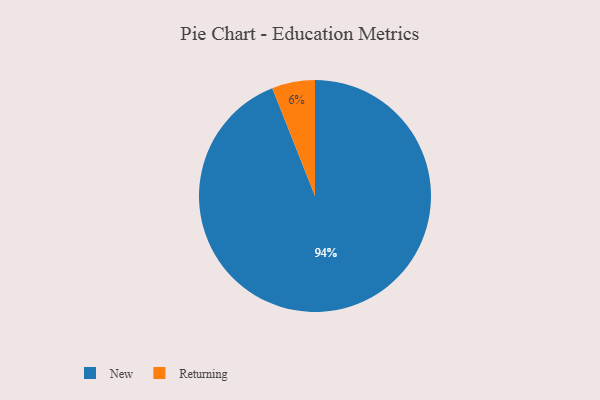
{"axis": {"x": "Category", "y": "Percentage"}, "legend": ["New", "Returning"], "data": [{"x": "New", "y": 94, "type": "New"}, {"x": "Returning", "y": 6, "type": "Returning"}]}